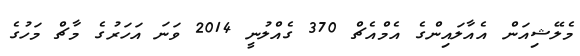
މެލޭޝިއަން އެއާލައިންގެ އެމްއެޗް 370 ގެއްލުނީ 2014 ވަނަ އަހަރުގެ މާޗް މަހުގެ